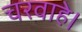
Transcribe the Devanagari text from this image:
चरवाहे।